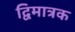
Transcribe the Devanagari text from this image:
द्विमात्रक